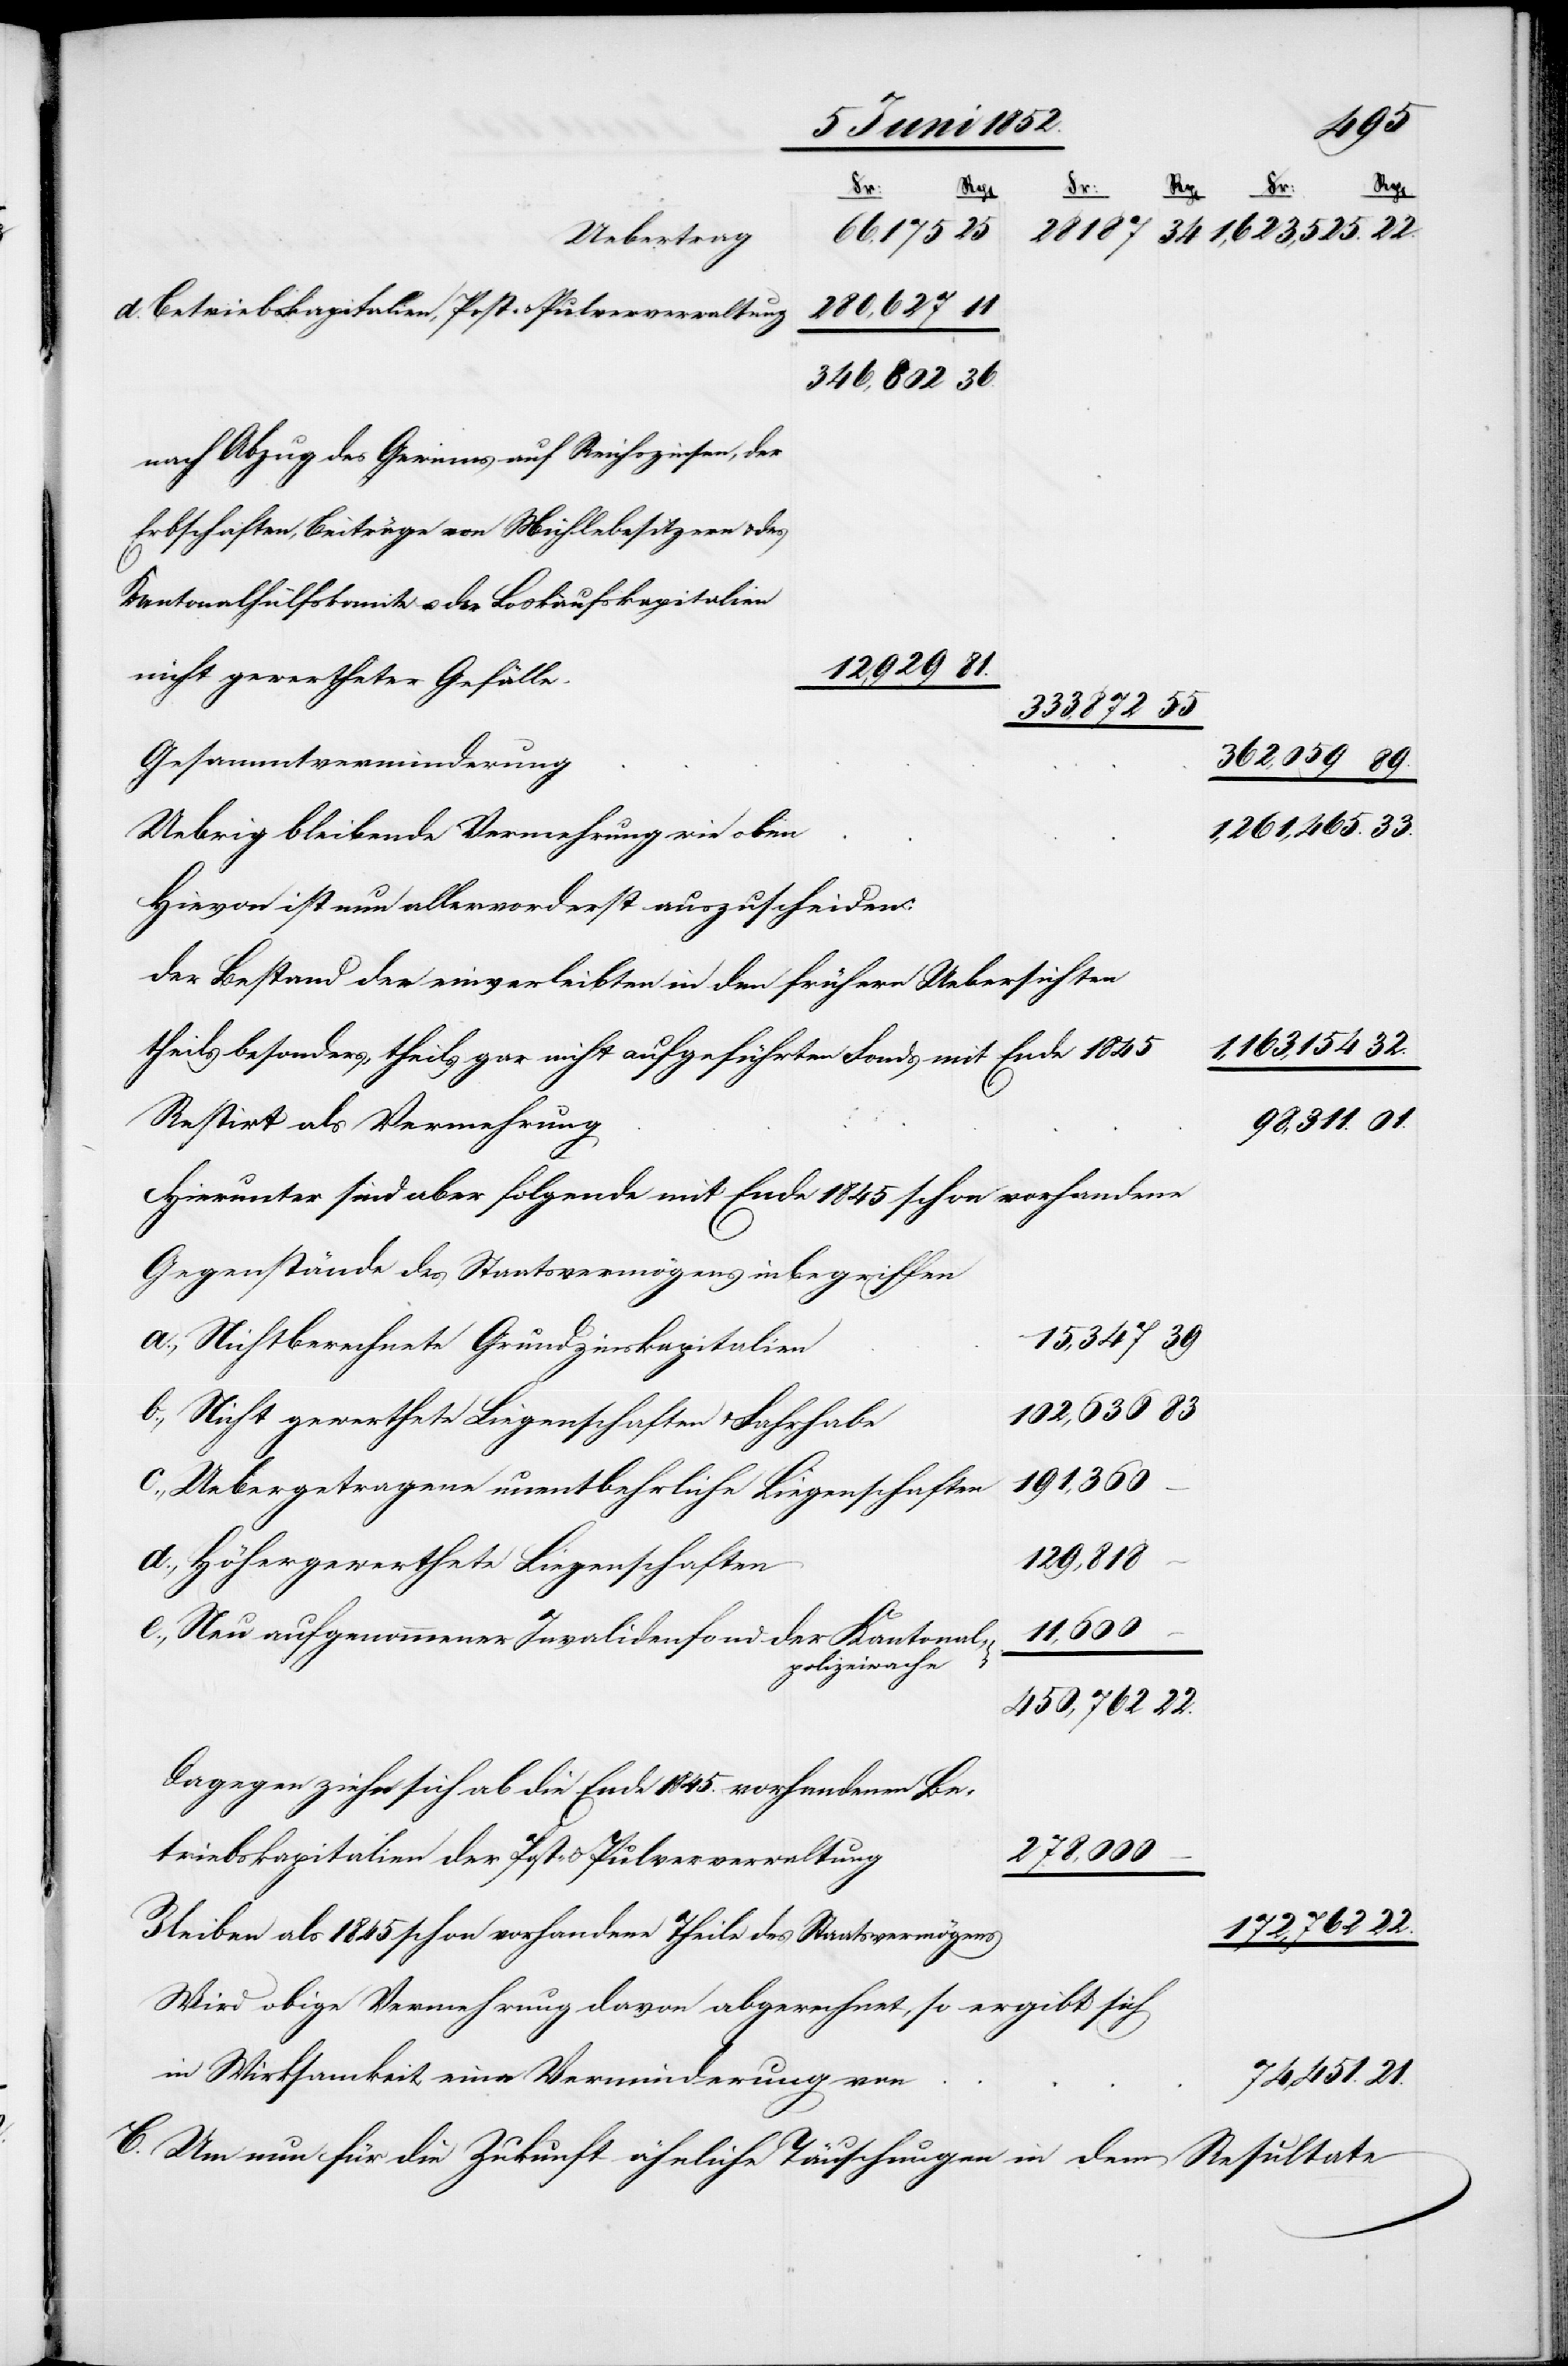
83
33.
21.
280,627
d. Betriebskapitalien, Post- & Pulververwaltung
nach Abzug des Gewinns auf Reichszinsen, der
Erbschaften, Beiträge von Mühlebesitzern & des
Kantonalhülfskomite u. der Loskaufskapitalien
74,451.
nicht gewertheter Gefälle.
Gesammtverminderung
1,261,465.
Uebrig bleibende Vermehrung wie oben
Hievon ist nun allervorderst auszuscheiden:
der Bestand der einverleibten in den frühern Uebersichten
theils besonders, theils gar nicht aufgeführten Fonds mit Ende 1845
Restirt als Vermehrung
98,311.
Hierunter sind aber folgende mit Ende 1845 schon vorhandene
Gegenstände des Staatsvermögens inbegriffen
a., Nichtberechnete Grundzinskapitalien
b., Nicht gewerthete Liegenschaften & Fahrhabe
172,762
c., Uebergetragene unentbehrliche Liegenschaften
450,762
d., Höhergewerthete Liegenschaften
333,872
e., Neu aufgenommener Invalidenfond der Kantonal¬
polizeiwache
Dagegen zieh[e]n sich ab die Ende 1845. vorhandenen Be¬
278,000
triebskapitalien der Post- & Pulververwaltung
Bleiben als 1845 schon vorhandene Theile des Staatsvermögens
Wird obige Vermehrung davon abgerechnet, so ergibt sich
in Wirksamkeit eine Verminderung von
C. Um nun für die Zukunft ähnliche Täuschungen in dem Resultate